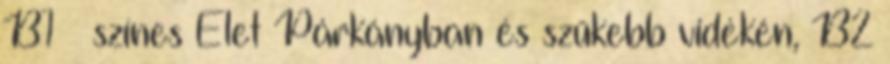
B1 – színes Élet Párkányban és szűkebb vidékén, B2